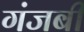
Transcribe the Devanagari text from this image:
गंजबी